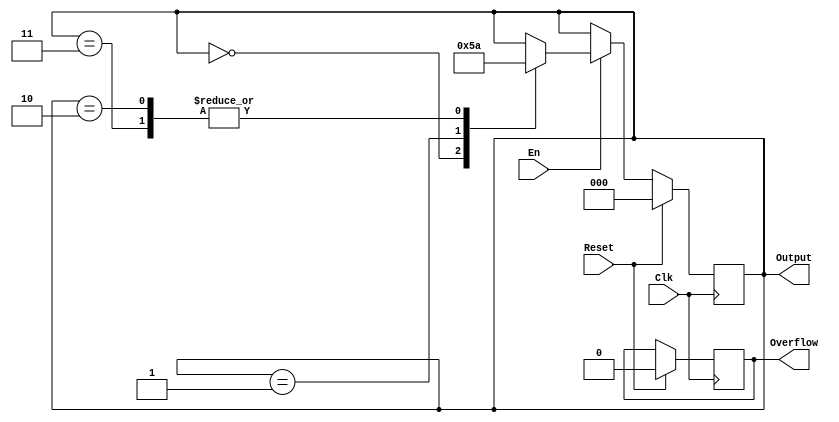
module gray(
    input Clk,
    input Reset,
    input En,
    output reg [2:0] Output,
    output reg Overflow
    );
	 initial begin
	 Output=0;
	 Overflow=0;
	 end
	 always @(posedge Clk)begin
	  if(Reset)begin
	   Output<=0;
		Overflow<=0;
	  end
	  else begin
	   if(En)begin
		 case(Output)
		 2'b000:Output=2'b001;
		 2'b001:Output=2'b011;
		 2'b011:Output=2'b010;
		 2'b010:Output=2'b110;
		 2'b110:Output=2'b111;
		 2'b111:Output=2'b101;
		 2'b101:Output=2'b100;
		 2'b100:begin
		  Output=2'b000;
		  Overflow=1;
		 end
		 endcase
		end	
		
	  end
	 end


endmodule